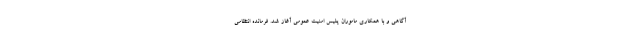
آگاهی و با همکاری ماموران پلیس امنیت عمومی آغاز شد. فرمانده انتظامی